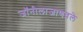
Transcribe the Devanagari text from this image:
जॉनीलाजाणवले